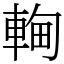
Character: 䡘